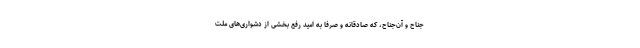
جناح و آن‌جناح، که صادقانه و صرفا به امید رفع بخشی از دشواری‌های ملت